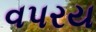
વપરય